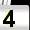
Digit: 4